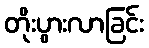
တိုးပွားလာခြင်း